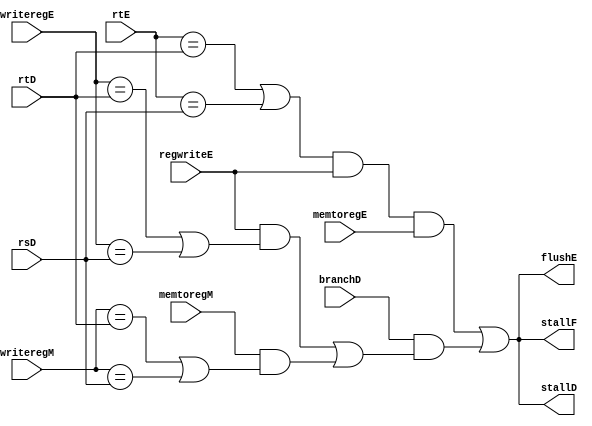
`timescale 1ns/1ps
// Hazard Detection Unit
module hazard_detection_unit(
							input  [4:0] rsD, rtD, rtE,
							input  [4:0] writeregE, writeregM, 
							input        regwriteE,
							input        memtoregE, memtoregM, branchD,		  
							output       stallF, stallD, flushE);
				  

  wire lwstallD, branchstallD;

  // stalls
  assign #1 lwstallD = ((rtE==rtD|rtE==rsD)&regwriteE&memtoregE);
  assign #1 branchstallD = (branchD&((regwriteE&((writeregE==rtD)|(writeregE==rsD)))|(memtoregM&((writeregM==rtD)|(writeregM==rsD)))));

  assign #1 stallD = (lwstallD|branchstallD);//stall state is 1
  assign #1 stallF = (lwstallD|branchstallD);
  assign #1 flushE = (lwstallD|branchstallD);

  
endmodule